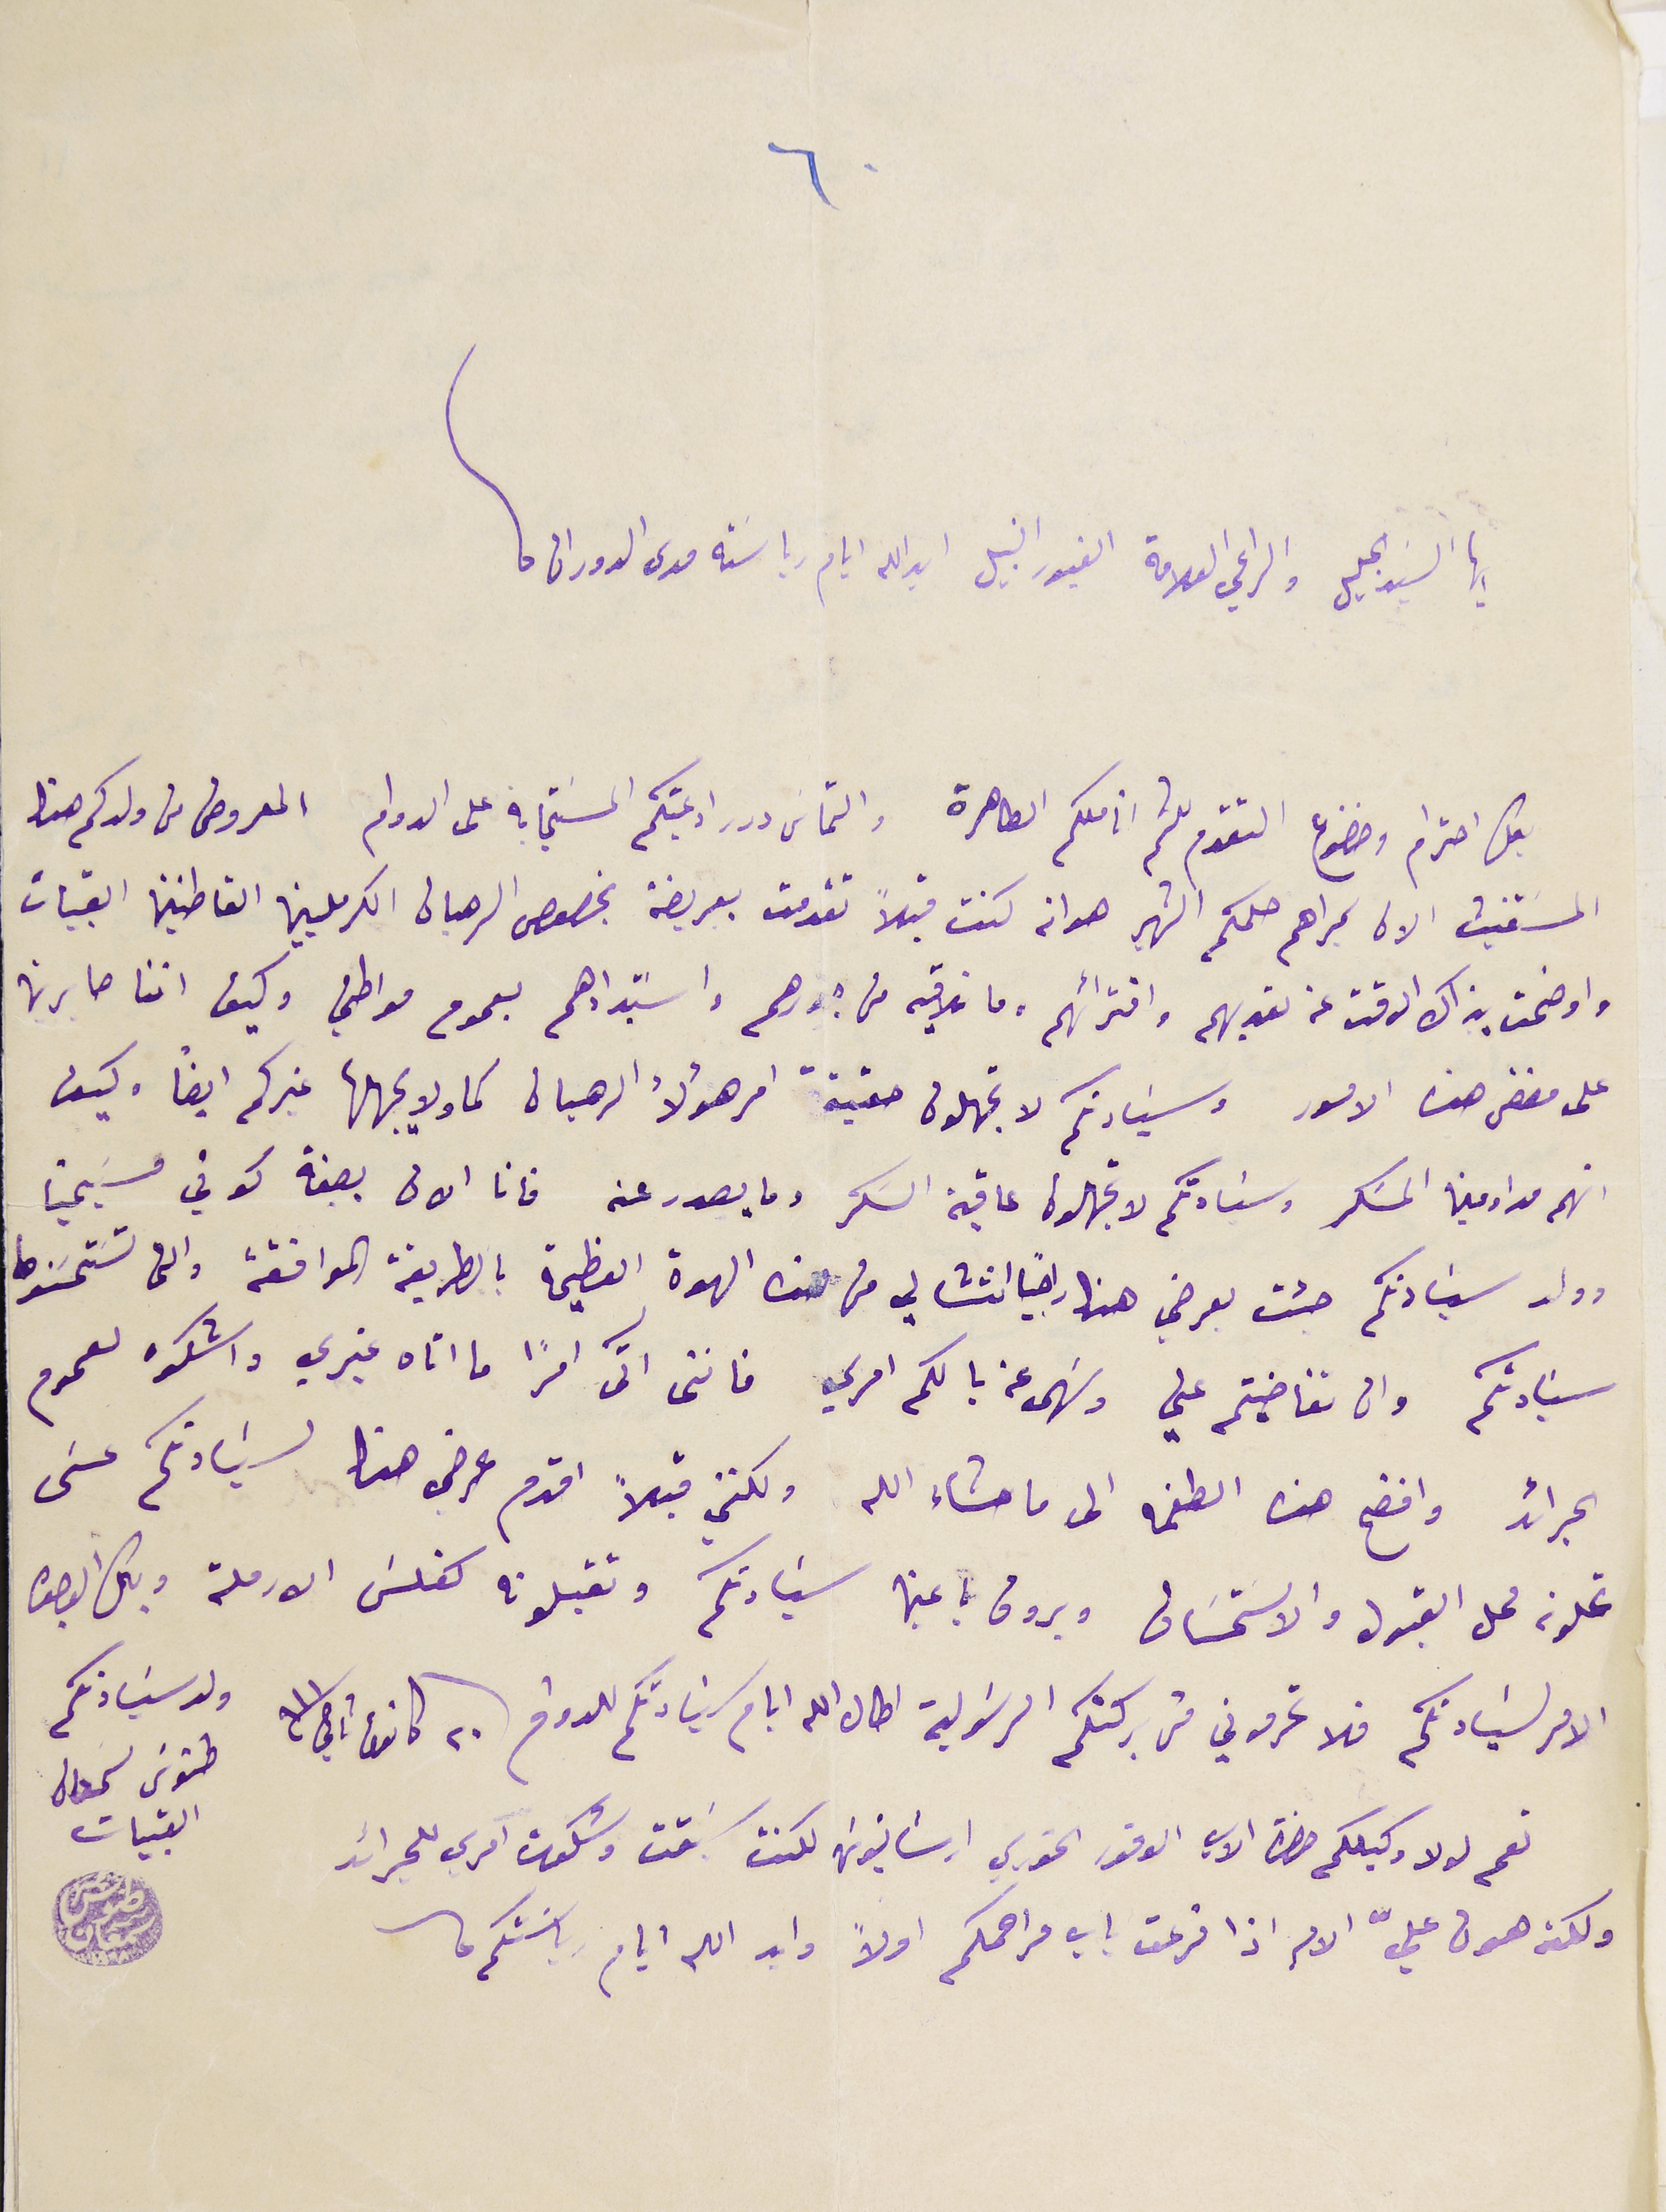
ايها السَيد الجليل والراعي العلامة الغيور النبيل ايد الله ايام رياسَته مدى الدوران
بكل احترام وخضوع التقدم للثم اناملكم الطاهرة والتماس درر ادعيتكم المسَتجابة على الدوام المعروض من ولدكم هذا
المسَتغيث الان بمراهم حكمكم الشهير هو انه كنت قبلاً تقدمت بعريضة بخصوص الرهبان الكرمليين القاطنين القبيات
واوضحت بذاك الوقت عن تعديهم وافترائهم وما نلاقيه من جورهم واسَتبدادهم بعموم مواطني وكيف اننا صابربن
على مضض هذه الامور وسَيادتكم لا تجهلون حقيقة امر هؤلاء الرهبان كما ولا يجهلها غيركم ايضا. كيف
انهم مداومين المسَكر وسَيادتكم لا تجهلون عاقبة السَكر وما يصدر عنه فانا الان بصفة كوني مسَيحيًا
وولد سَيادتكم جئت بعرضي هذا راجياً انتشالي من هذه الهوة العظيمة بالطريقة الموافقة والى تسَتحسَنَوها
سَيادتكم وان تغاضيتم عني وسَهى عن بالكم امري فاننى آتى امرًا ما اتاه غيري واشكوه لعموم
الجرائد وافضح هذه الطغمة الى ما شاء الله ولكنني قبلاً اقدم عرض هنا لسَيادتكم عسَى
تحلونه محل القبول والاسَتحسَان ويروق باعين سَيادتكم وتقبلونه كفلسَ الارملة وبكل الوجوه
الامر لسَيادتكم فلا تحرموني من بركتكم الرسَولية اطال الله ايام سَيادتكم للدوام ٢٠ كانون ثاني ٩١١
 نعم لولا وكيلكم حضرة الاب الوقور الخوري ارسَانيوسَ لكنت سَبقت وشكوت آمرى للجرائد
ولكنه هون عليّ الامر اذا قرعت باب مراحمكم اولاً وابد الله ايام رياسَتكم
ولد سَيادتكم طنوس سمعان القبيات
٦٠
طنوسَ سَمعان